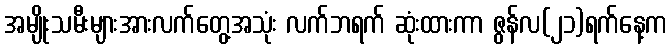
အမျိုးသမီးများအားလက်တွေ့အသုံး လက်ဘရက် ဆုံးထားကာ ဇွန်လ(၂၁)ရက်နေ့က